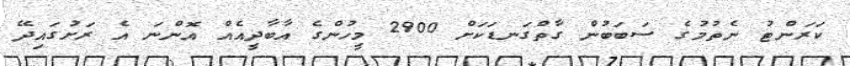
ކަރަންޓު ނެތުމުގެ ސަބަބުން ގާތްގަނޑަކަށް 2900 މީހުންގެ އާބާދީއެއް އޮންނަ އެ ރަށުގައިދޭ